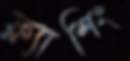
ফ্ল্যাশিং